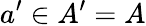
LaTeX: a^{\prime}\in A^{\prime}=A